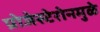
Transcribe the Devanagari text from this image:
प्रोजेस्टेरोनमुळे